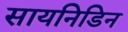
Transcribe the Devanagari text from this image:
सायनिडिन